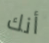
أنك